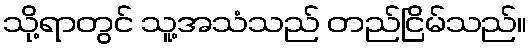
သို့ရာတွင် သူ့အသံသည် တည်ငြိမ်သည်။